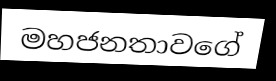
මහජනතාවගේ